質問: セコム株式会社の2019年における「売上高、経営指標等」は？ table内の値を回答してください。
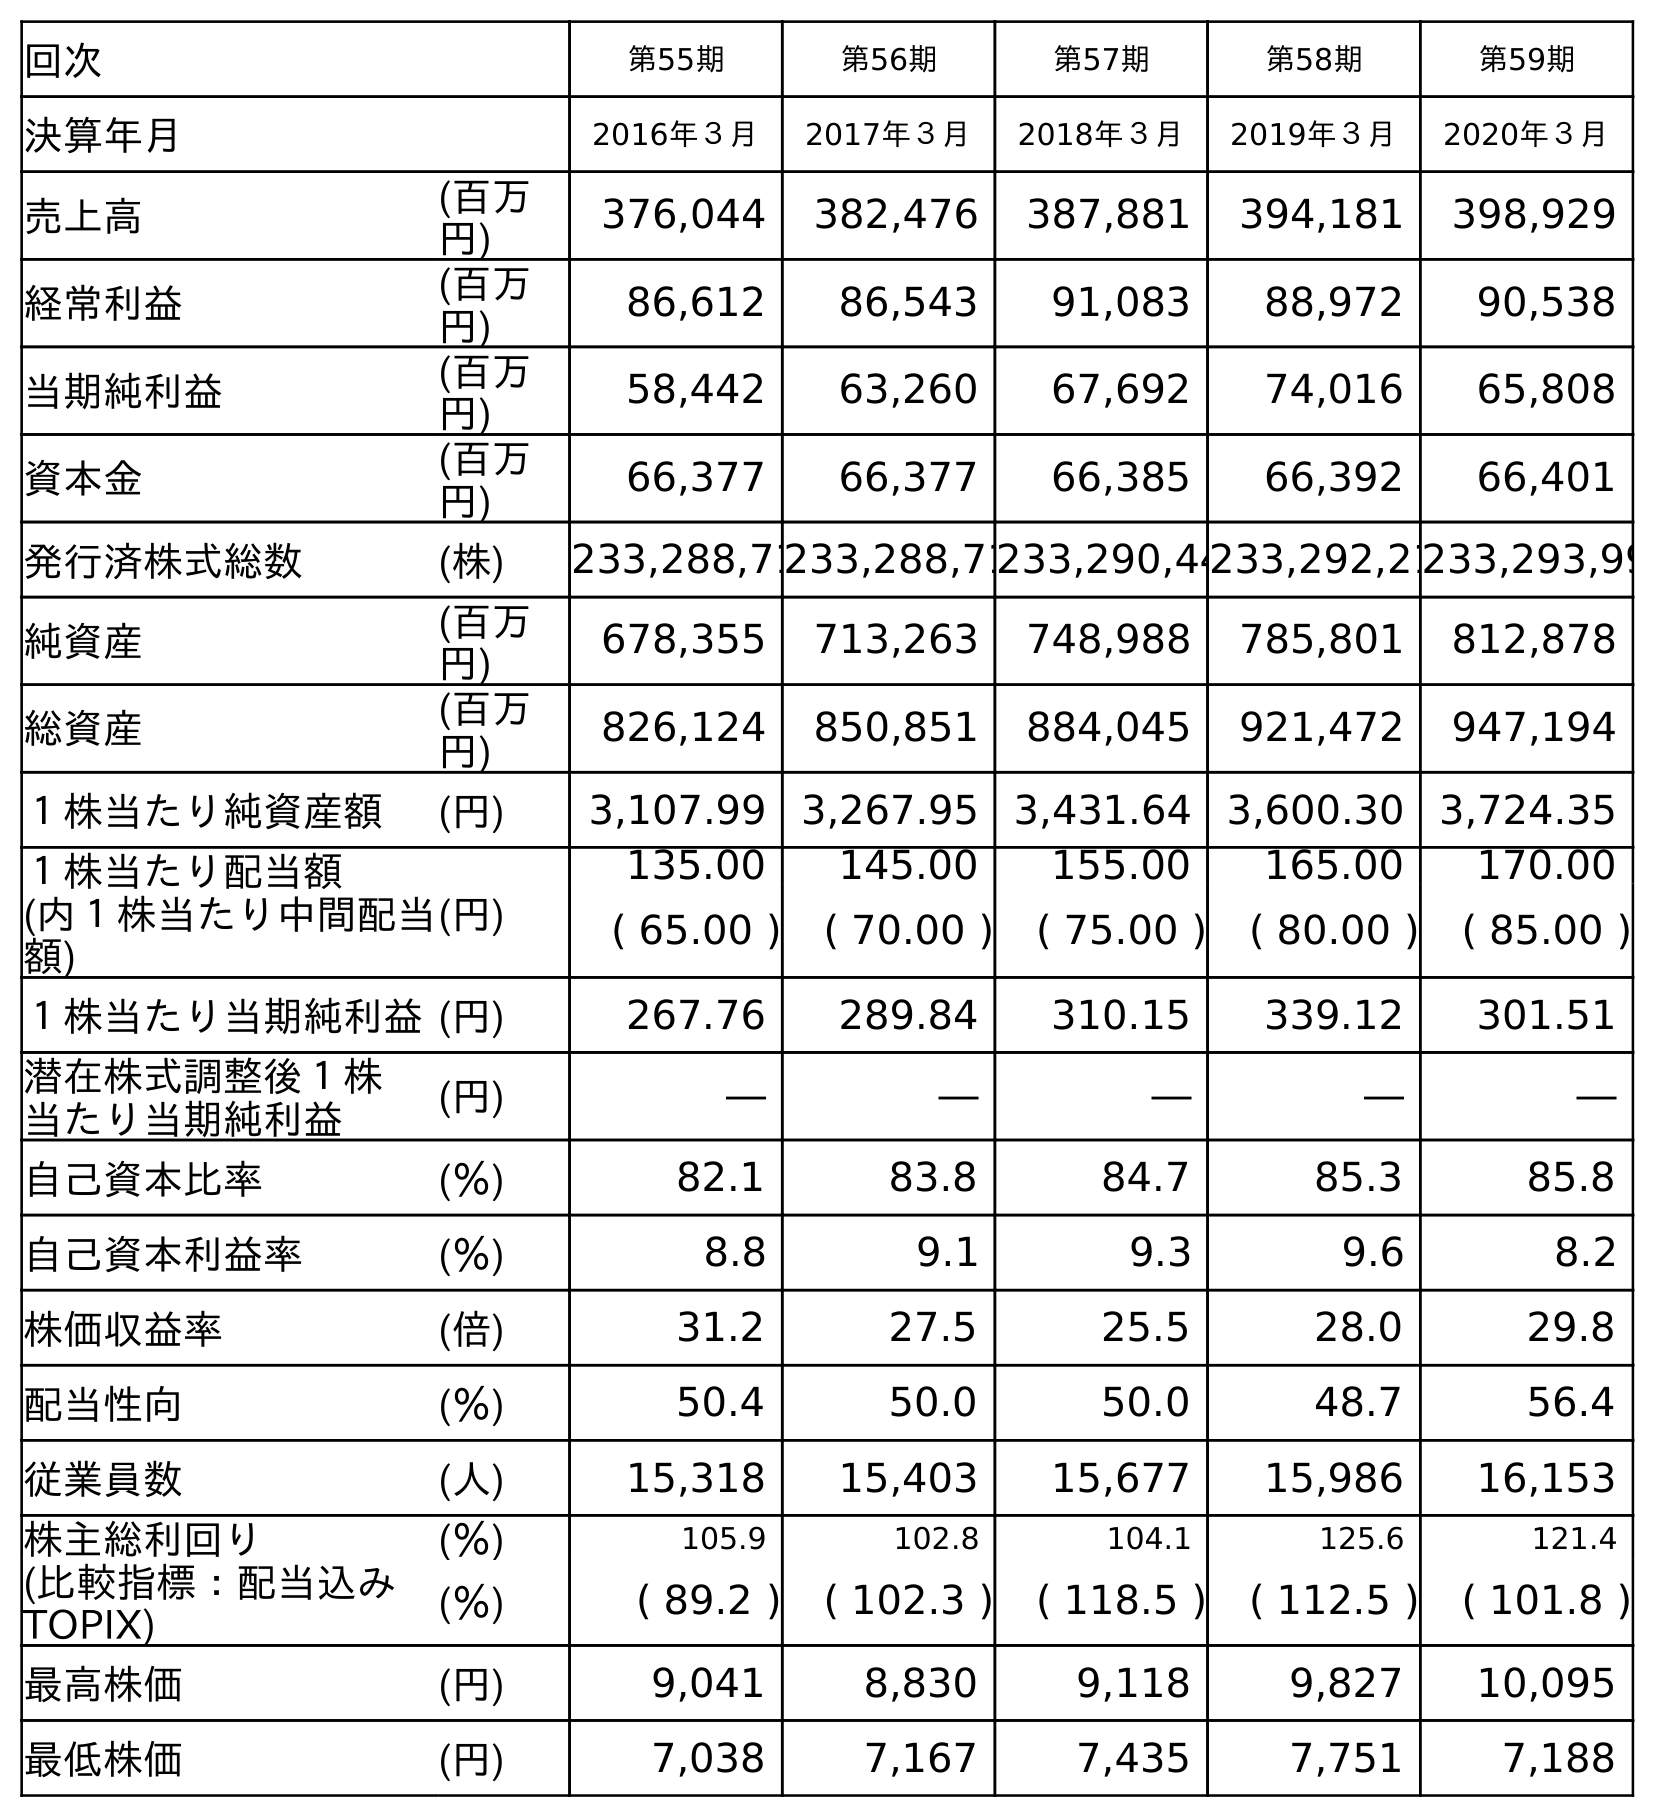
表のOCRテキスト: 回次 第55期 第56期 第57期 第58期 第59期 決算年月 2016年３月 2017年３月 2018年３月 2019年３月 2020年３月 売上高 (百万 円) 376,044 382,476 387,881 394,181 398,929 経常利益 (百万 円) 86,612 86,543 91,083 88,972 90,538 当期純利益 (百万 円) 58,442 63,260 67,692 74,016 65,808 資本金 (百万 円) 66,377 66,377 66,385 66,392 66,401 発行済株式総数 (株) 233,288,71233,288,71233,290,44233,292,21233,293,99 純資産 (百万 円) 678,355 713,263 748,988 785,801 812,878 総資産 (百万 円) 826,124 850,851 884,045 921,472 947,194 １株当たり純資産額 (円) 3,107.99 3,267.95 3,431.64 3,600.30 3,724.35 １株当たり配当額 (内１株当たり中間配当 額) (円) 135.00 145.00 155.00 165.00 170.00 ( 65.00 ) ( 70.00 ) ( 75.00 ) ( 80.00 ) ( 85.00 ) １株当たり当期純利益(円) 267.76 289.84 310.15 339.12 301.51 潜在株式調整後１株 当たり当期純利益 (円) ― ― ― ― ― 自己資本比率 (％) 82.1 83.8 84.7 85.3 85.8 自己資本利益率 (％) 8.8 9.1 9.3 9.6 8.2 株価収益率 (倍) 31.2 27.5 25.5 28.0 29.8 配当性向 (％) 50.4 50.0 50.0 48.7 56.4 従業員数 (人) 15,318 15,403 15,677 15,986 16,153 株主総利回り (％) 105.9 102.8 104.1 125.6 121.4 (比較指標：配当込み TOPIX) (％) ( 89.2 ) ( 102.3 ) ( 118.5 ) ( 112.5 ) ( 101.8 ) 最高株価 (円) 9,041 8,830 9,118 9,827 10,095 最低株価 (円) 7,038 7,167 7,435 7,751 7,188
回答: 394,181